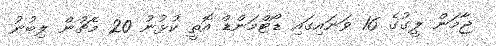
ޖާމަން ލީގުގެ 16 ވަނައިގައި ޑޯޓްމަންޑް އޮތީ ކުޅުނު 20 މެޗުން ލިބުނު